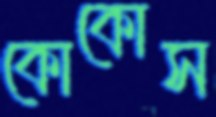
কোকোস